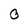
Character: 0